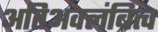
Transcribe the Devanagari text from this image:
अतिअवलंबित्व